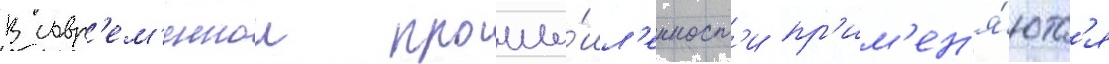
В совр'ем'еннои промы́шл'енност'и пр'им'ен'я́ютс'я